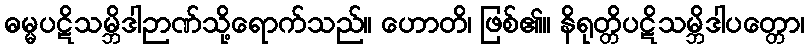
ဓမ္မပဋိသမ္ဘိဒါဉာဏ်သို့ရောက်သည်။ ဟောတိ၊ ဖြစ်၏။ နိရုတ္တိပဋိသမ္ဘိဒါပတ္တော၊